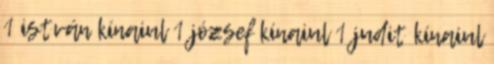
1 istván kínaiul 1 józsef kínaiul 1 judit kínaiul